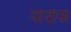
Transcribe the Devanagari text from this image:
पादास